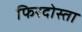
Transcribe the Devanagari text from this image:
फिरदोस्ता